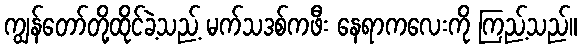
ကျွန်တော်တို့ထိုင်ခဲ့သည့် မက်သဒစ်ကဖီး နေရာကလေးကို ကြည့်သည်။